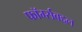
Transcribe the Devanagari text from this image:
फॉर्म्सबद्दल